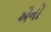
એનો